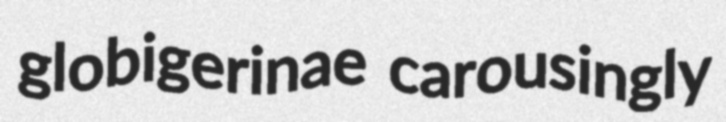
globigerinae carousingly